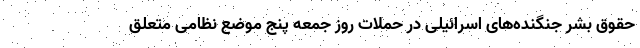
حقوق بشر جنگنده‌های اسرائیلی در حملات روز جمعه پنج موضع نظامی متعلق